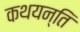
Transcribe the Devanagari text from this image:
कथयन्ति